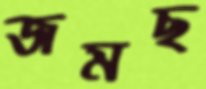
জমছ